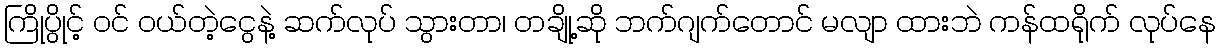
ကြိုပွိုင့် ဝင် ဝယ်တဲ့ငွေနဲ့ ဆက်လုပ် သွားတာ၊ တချို့ဆို ဘက်ဂျက်တောင် မလျာ ထားဘဲ ကန်ထရိုက် လုပ်နေ